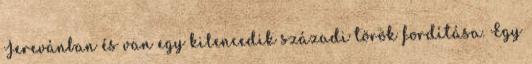
Jerevánban és van egy kilencedik századi török fordítása. Egy